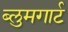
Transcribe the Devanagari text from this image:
ब्लुमगार्ट